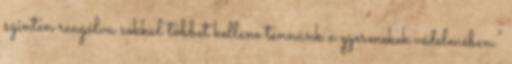
szinten reagálva sokkal többet kellene tennünk a gyermekek védelmében."